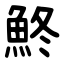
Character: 鮗